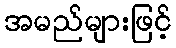
အမည်များဖြင့်